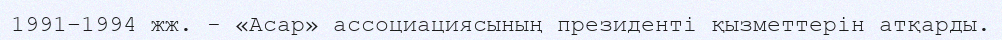
1991–1994 жж. - «Асар» ассоциациясының президентi қызметтерiн атқарды.